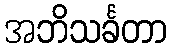
အဘိသင်္ခတာ